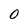
Character: 0